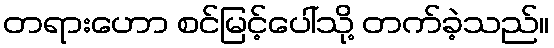
တရားဟော စင်မြင့်ပေါ်သို့ တက်ခဲ့သည်။